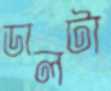
ডালটা